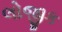
લોજીક